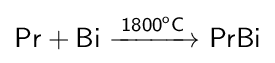
{\mathsf {Pr+Bi\ {\xrightarrow {1800^{o}C}}\ PrBi}}